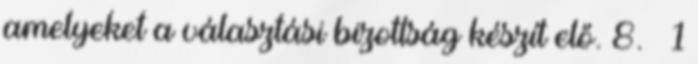
amelyeket a választási bizottság készít elő. 8. § 1